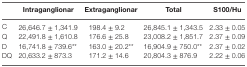
<table><thead><tr><td></td><td><b>Intraganglionar</b></td><td><b>Extraganglionar</b></td><td><b>Total</b></td><td><b>S100/Hu</b></td></tr></thead><tbody><tr><td>C</td><td>26,646.7 ± 1,341.9</td><td>198.4 ± 9.2</td><td>26,845.1 ± 1,343.5</td><td>2.33 ± 0.05</td></tr><tr><td>Q</td><td>22,491.8 ± 1,610.8</td><td>176.6 ± 25.8</td><td>23,008.2 ± 1,851.7</td><td>2.37 ± 0.09</td></tr><tr><td>D</td><td>16,741.8 ± 739.6**</td><td>163.0 ± 20.2**</td><td>16,904.9 ± 750.0**</td><td>2.37 ± 0.02</td></tr><tr><td>DQ</td><td>20,633.2 ± 873.3</td><td>171.2 ± 14.6</td><td>20,804.3 ± 876.9</td><td>2.22 ± 0.06</td></tr></tbody></table>